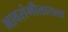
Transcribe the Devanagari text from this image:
भावसंगीतातला